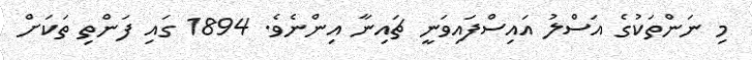
މި ނަންތަކުގެ އަސްލު އައިސްފައިވަނީ ޗައިނާ އިންނެވެ. 1894 ގައި ފަންތި ތަކަށް